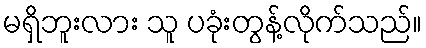
မရှိဘူးလား သူ ပခုံးတွန့်လိုက်သည်။